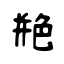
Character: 艵